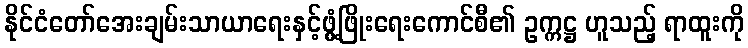
နိုင်ငံတော်အေးချမ်းသာယာရေးနှင့်ဖွံ့ဖြိုးရေးကောင်စီ၏ ဥက္ကဋ္ဌ ဟူသည့် ရာထူးကို